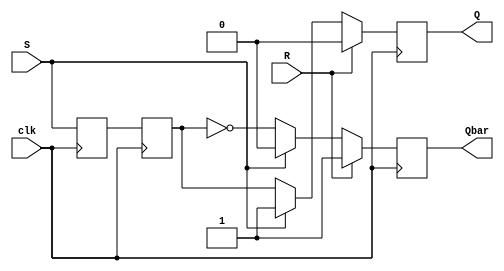
module sr_flipflop (input S, input R, input clk, output reg Q, output reg Qbar);

reg master_latch;
reg slave_latch;

always @(posedge clk)
begin
    master_latch <= S;
    slave_latch <= master_latch;
    
    if (R)
    begin
        Q <= 0;
        Qbar <= 1;
    end
    else if (S)
    begin
        Q <= 1;
        Qbar <= 0;
    end
    else
    begin
        Q <= slave_latch;
        Qbar <= ~slave_latch;
    end
end

endmodule